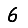
Digit: 6